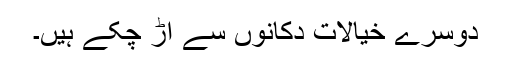
دوسرے خیالات دکانوں سے اڑ چکے ہیں۔